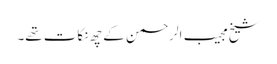
شیخ مجیب الرحمن کے چھ نکات تھے۔